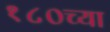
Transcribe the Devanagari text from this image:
१८०च्या